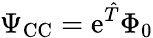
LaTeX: \Psi_{\mathrm{CC}}=\mathrm{e}^{\hat{T}}\Phi_{0}